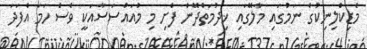
މެޑިކްލިނިކުގެ ނަމުގައި މާލޭގައި ޚިދުމަތްދޭން ފެށި މި މުއައްސަސާއަކީ ވެސް ހަމަ އެފަދަ